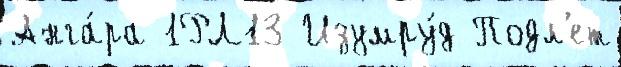
Анга́ра 1РЛ13 Изумру́д Подл'ет